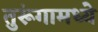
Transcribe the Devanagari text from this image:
तुरूंगामध्ये